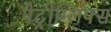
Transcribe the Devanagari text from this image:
पेट्रोग्लिफ्स